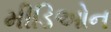
મીડિઓન